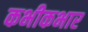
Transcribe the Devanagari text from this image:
कभीकभार